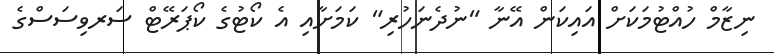
ނިޒާމް ހުއްޓުމަކަށް އައިކަން އޭނާ "ނުދެނަހުރި" ކަމަށާއި އެ ކޯޓުގެ ކޯޕަރޭޓް ސަރވިސަސްގެ